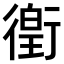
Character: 𫋯